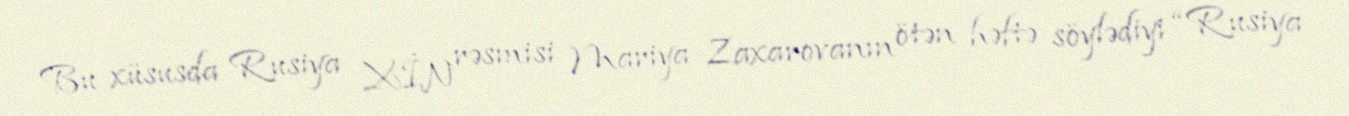
Bu xüsusda Rusiya XİN rəsmisi Mariya Zaxarovanın ötən həftə söylədiyi “Rusiya